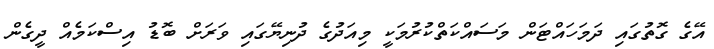
އޭގެ ގޮތުގައި ދަމަހައްޓަން މަސައްކަތްކުރުމަކީ މިއަދުގެ ދުނިޔޭގައި ވަރަށް ބޮޑު އިސްކަމެއް ދީގެން